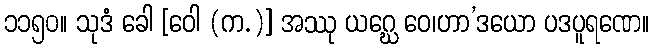
၁၁၅၀။ သုဒံ ခေါ [ဝေါ (က.)] အဿု ယဂ္ဃေ ဝေ၊ဟာ’ဒယော ပဒပူရဏေ။